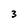
Character: 3